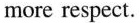
more respect.